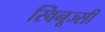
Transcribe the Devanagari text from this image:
स्विनूज्सी